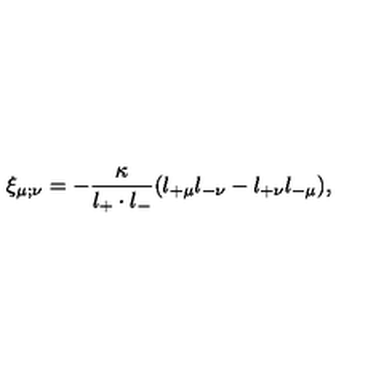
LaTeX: \xi _ { \mu ; \nu } = - \frac { \kappa } { l _ { + } \cdot l _ { - } } ( l _ { + \mu } l _ { - \nu } - l _ { + \nu } l _ { - \mu } ) ,